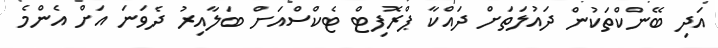
އަދި ބޭންކްތަކުން ދައުލަތަށް ދައްކާ ޕްރޮފިޓް ޓެކްސްއަށް ބަލާއިރު ދެވަނަ އަށް އެންމެ